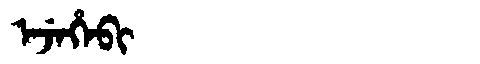
Manchu: ᡝᠵᡝᡥᡝᠪᡳ
Romanization: EJEHEBI